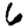
Digit: 6